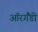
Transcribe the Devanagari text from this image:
ऑरगैंडी